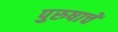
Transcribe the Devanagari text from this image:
पुरुषाचें